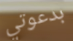
بدعوتي